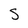
Character: S